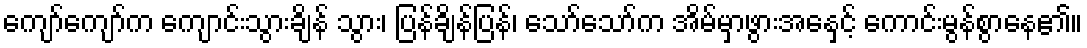
ကျော်ကျော်က ကျောင်းသွားချိန် သွား၊ ပြန်ချိန်ပြန်၊ သော်သော်က အိမ်မှာဖွားအေနှင့် ကောင်းမွန်စွာနေ၏။